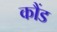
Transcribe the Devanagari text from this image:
कौंड